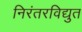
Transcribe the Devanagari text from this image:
निरंतरविद्युत